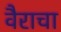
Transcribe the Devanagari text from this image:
वैराचा